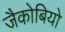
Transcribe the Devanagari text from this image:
जैकोबियो